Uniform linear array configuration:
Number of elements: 16
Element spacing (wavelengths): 0.25
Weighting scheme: exponential
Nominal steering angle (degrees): -30
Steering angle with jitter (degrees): -28.181
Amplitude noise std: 0.05
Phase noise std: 0.05

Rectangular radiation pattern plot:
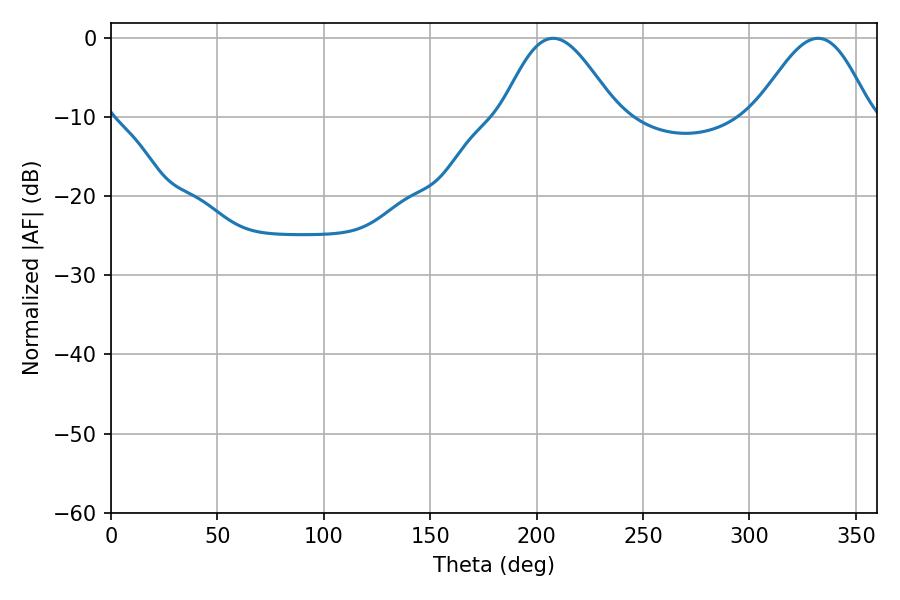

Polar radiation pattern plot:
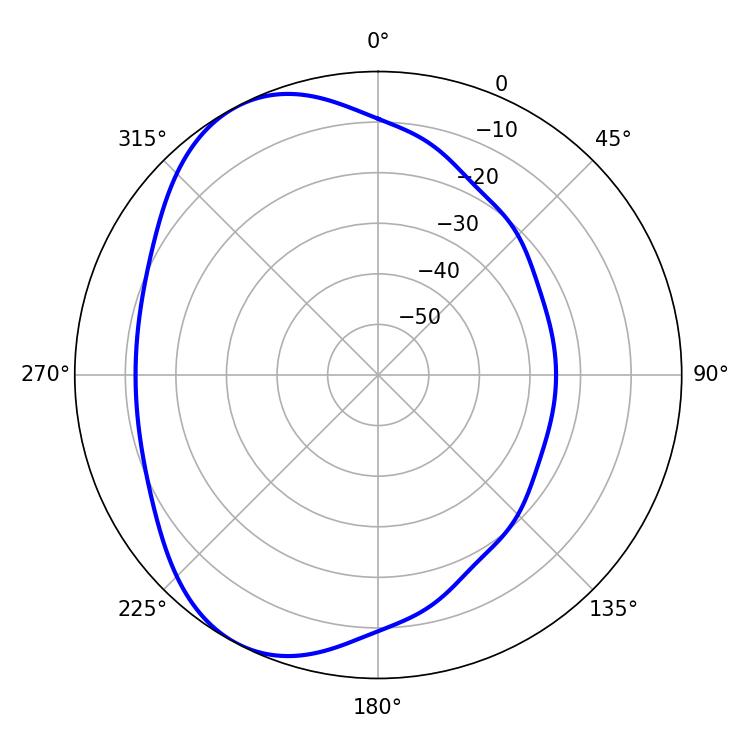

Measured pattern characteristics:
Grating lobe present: FALSE
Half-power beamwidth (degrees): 28.8
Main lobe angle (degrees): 332.28